Leaving Certificate Examination (including Day School Certificate (Higher) General paper), 1927
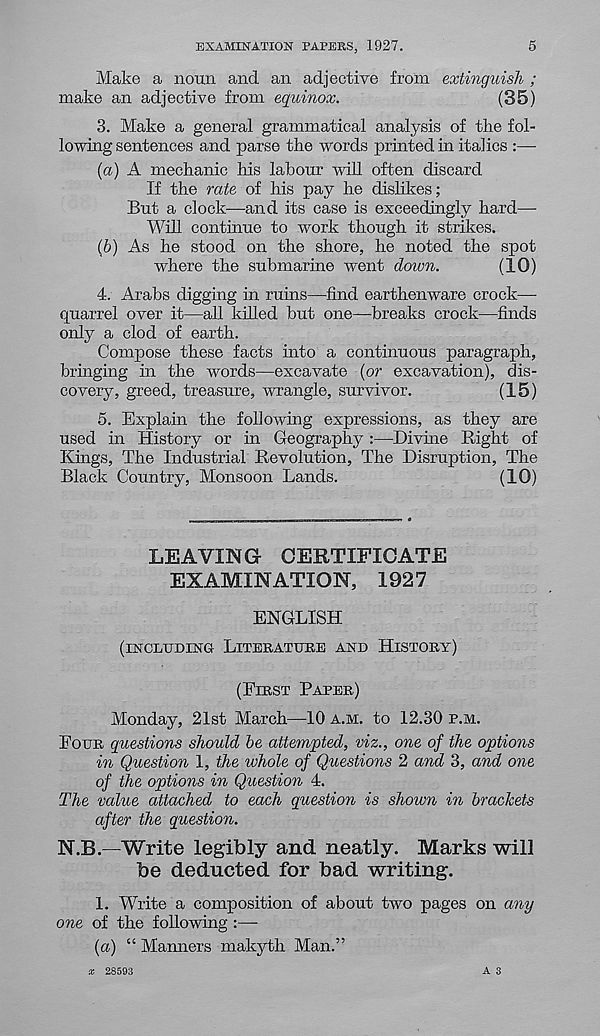
EXAMINATION PAPERS, 1927.
5
Make a noun and an adjective from extinguish ;
make an adjective from equinox.
(35)
3. Make a general grammatical analysis of the fol-
lowing sentences and parse the words printed in italics :—
(a) A mechanic his labour will often discard
If the rate of his pay he dislikes;
But a clock—and its case is exceedingly hard—
Will continue to work though it strikes.
(b) As he stood on the shore, he noted the spot
where the submarine went down.
(10)
4. Arabs digging in ruins—find earthenware crock—
quarrel over it—all killed but one—breaks crock—finds
only a clod of earth.
Compose these facts into a continuous paragraph,
bringing in the words—excavate (or excavation), dis-
covery, greed, treasure, wrangle, survivor.
(15)
5. Explain the following expressions, as they are
used in History or in Geography :—Divine Right of
Kings, The Industrial Revolution, The Disruption, The
Black Country, Monsoon Lands.
(10)
LEAVING CERTIFICATE
EXAMINATION, 1927
ENGLISH
(INCLUDING LITERATURE AND HISTORY)
(FIRST PAPER)
Monday, 21st March—10 A.M. to 12.30 P.M.
POUR questions should be attempted, viz., one of the options
in Question 1, the whole of Questions 2 and 3, and one
of the options in Question 4.
The value attached to each question is shown in brackets
after the question.
N.B.—Write legibly and neatly. Marks will
be deducted for bad writing.
1. Write a composition of about two pages on any
one of the following :—
(a) “ Manners makyth Man.”
A 3
x 28593